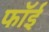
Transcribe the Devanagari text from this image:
फॉई